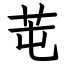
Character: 芚